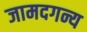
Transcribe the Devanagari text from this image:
जामदगन्य